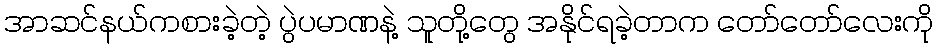
အာဆင်နယ်ကစားခဲ့တဲ့ ပွဲပမာဏနဲ့ သူတို့တွေ အနိုင်ရခဲ့တာက တော်တော်လေးကို